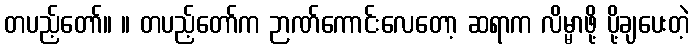
တပည့်တော်။ ။ တပည့်တော်က ဉာဏ်ကောင်းလေတော့ ဆရာက လိမ္မာဖို့ ပို့ချပေးတဲ့